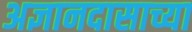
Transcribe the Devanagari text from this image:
अज्ञानदासाच्या